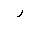
Letter: _ra